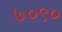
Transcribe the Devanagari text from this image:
७०९०